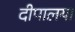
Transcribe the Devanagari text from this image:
दीपालया